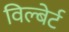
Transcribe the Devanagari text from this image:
विल्बेर्ट